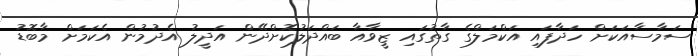
ސަމާސާއަކަށް ހަދާފައި އަކްމަލްގެ ގާތުގައި ޒީވާއާ ބައްދަލުކޮށްދޭން އަދީލު އެދުމުން އެކަމަށް މާބޮޑު